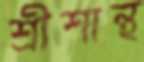
শ্রীশান্থ